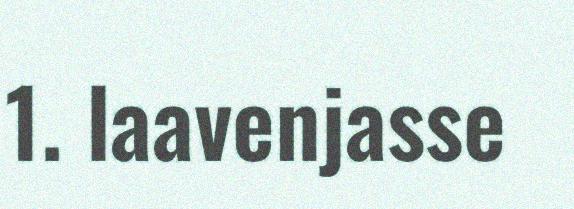
1. laavenjasse